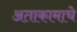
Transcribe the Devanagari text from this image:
अताकामाचे